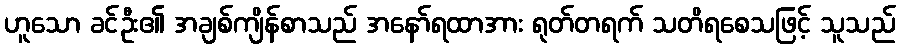
ဟူသော ခင်ဦး၏ အချစ်ကျိန်စာသည် အနော်ရထာအား ရုတ်တရက် သတိရစေသဖြင့် သူသည်